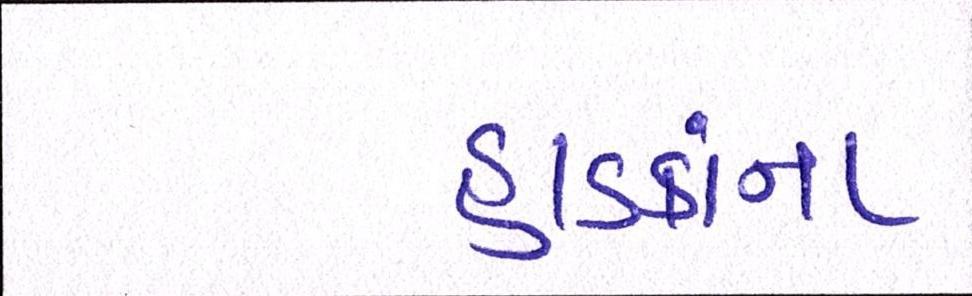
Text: હાડકાંના